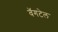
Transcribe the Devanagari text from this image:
वॅगटेल